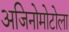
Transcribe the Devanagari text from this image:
अजिनोमोटोला